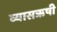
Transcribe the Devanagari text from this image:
व्यासऋषी